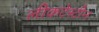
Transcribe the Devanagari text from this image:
लीकटेंस्टीन